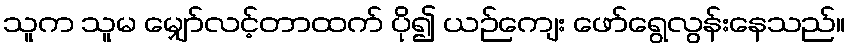
သူက သူမ မျှော်လင့်တာထက် ပို၍ ယဉ်ကျေး ဖော်ရွေလွန်းနေသည်။